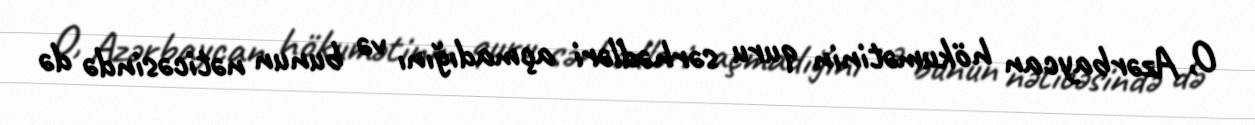
O, Azərbaycan hökumətinin quru sərhədləri açmadığını və bunun nəticəsində də